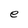
Character: e